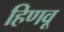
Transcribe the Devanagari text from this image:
हिणवू